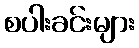
စပါးခင်းများ